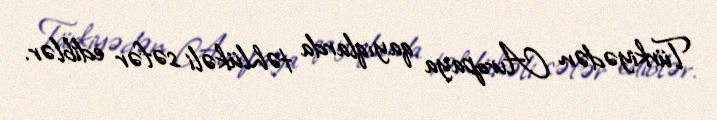
Türkiyədən Avropaya qayıqlarda təhlükəli səfər ediblər.